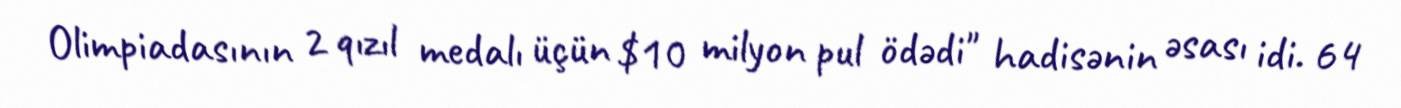
Olimpiadasının 2 qızıl medalı üçün $10 milyon pul ödədi" hadisənin əsası idi. 64